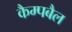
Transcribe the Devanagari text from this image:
कैम्पबैल